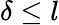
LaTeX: \delta\leq l